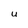
Character: U